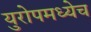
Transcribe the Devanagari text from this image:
युरोपमध्येच